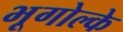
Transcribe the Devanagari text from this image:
भूगोल्के